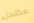
مكتمل